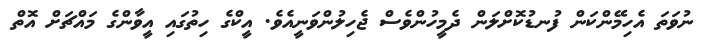
ނުވަތަ އެހިމޭންކަން ފުނޑުކޮށްލަން ދެމީހުންވެސް ޖެހިލުންވަނީއެވެ. އީކްގެ ހިތުގައި އީވާންގެ މައްޗަށް އޮތް